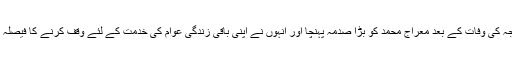
زوجہ کی وفات کے بعد معراج محمد کو بڑا صدمہ پہنچا اور انہوں نے اپنی باقی زندگی عوام کی خدمت کے لئے وقف کرنے کا فیصلہ کیا۔